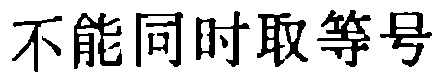
不能同时取等号